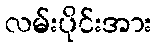
လမ်းပိုင်းအား